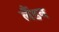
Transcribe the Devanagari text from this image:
लैंडन